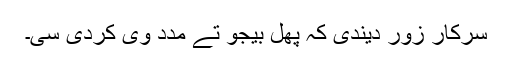
سرکار زور دیندی کہ پھل بیجو تے مدد وی کردی سی۔